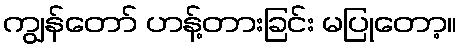
ကျွန်တော် ဟန့်တားခြင်း မပြုတော့။